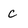
Character: c